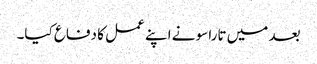
بعد میں تاراسو نے اپنے عمل کا دفاع کیا۔